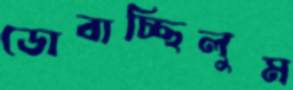
ডোবাচ্ছিলুম